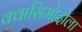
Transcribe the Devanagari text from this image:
क्वासिमोदोला